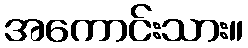
အကောင်းသား။